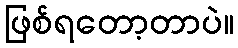
ဖြစ်ရတော့တာပဲ။